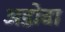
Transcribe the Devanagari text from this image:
अडोवा